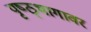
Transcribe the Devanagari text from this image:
पृष्ठ्भागावर